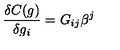
{ \frac { \delta C ( g ) } { \delta g _ { i } } } = G _ { i j } \beta ^ { j }